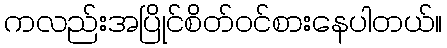
ကလည်းအပြိုင်စိတ်ဝင်စားနေပါတယ်။